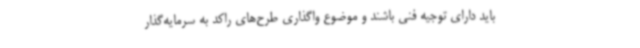
باید دارای توجیه فنی باشند و موضوع واگذاری طرح‌های راکد به سرمایه‌گذار